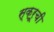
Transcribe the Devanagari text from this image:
स्क्रूची